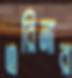
এরিনার